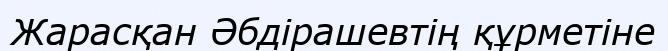
Жарасқан Әбдірашевтің құрметіне